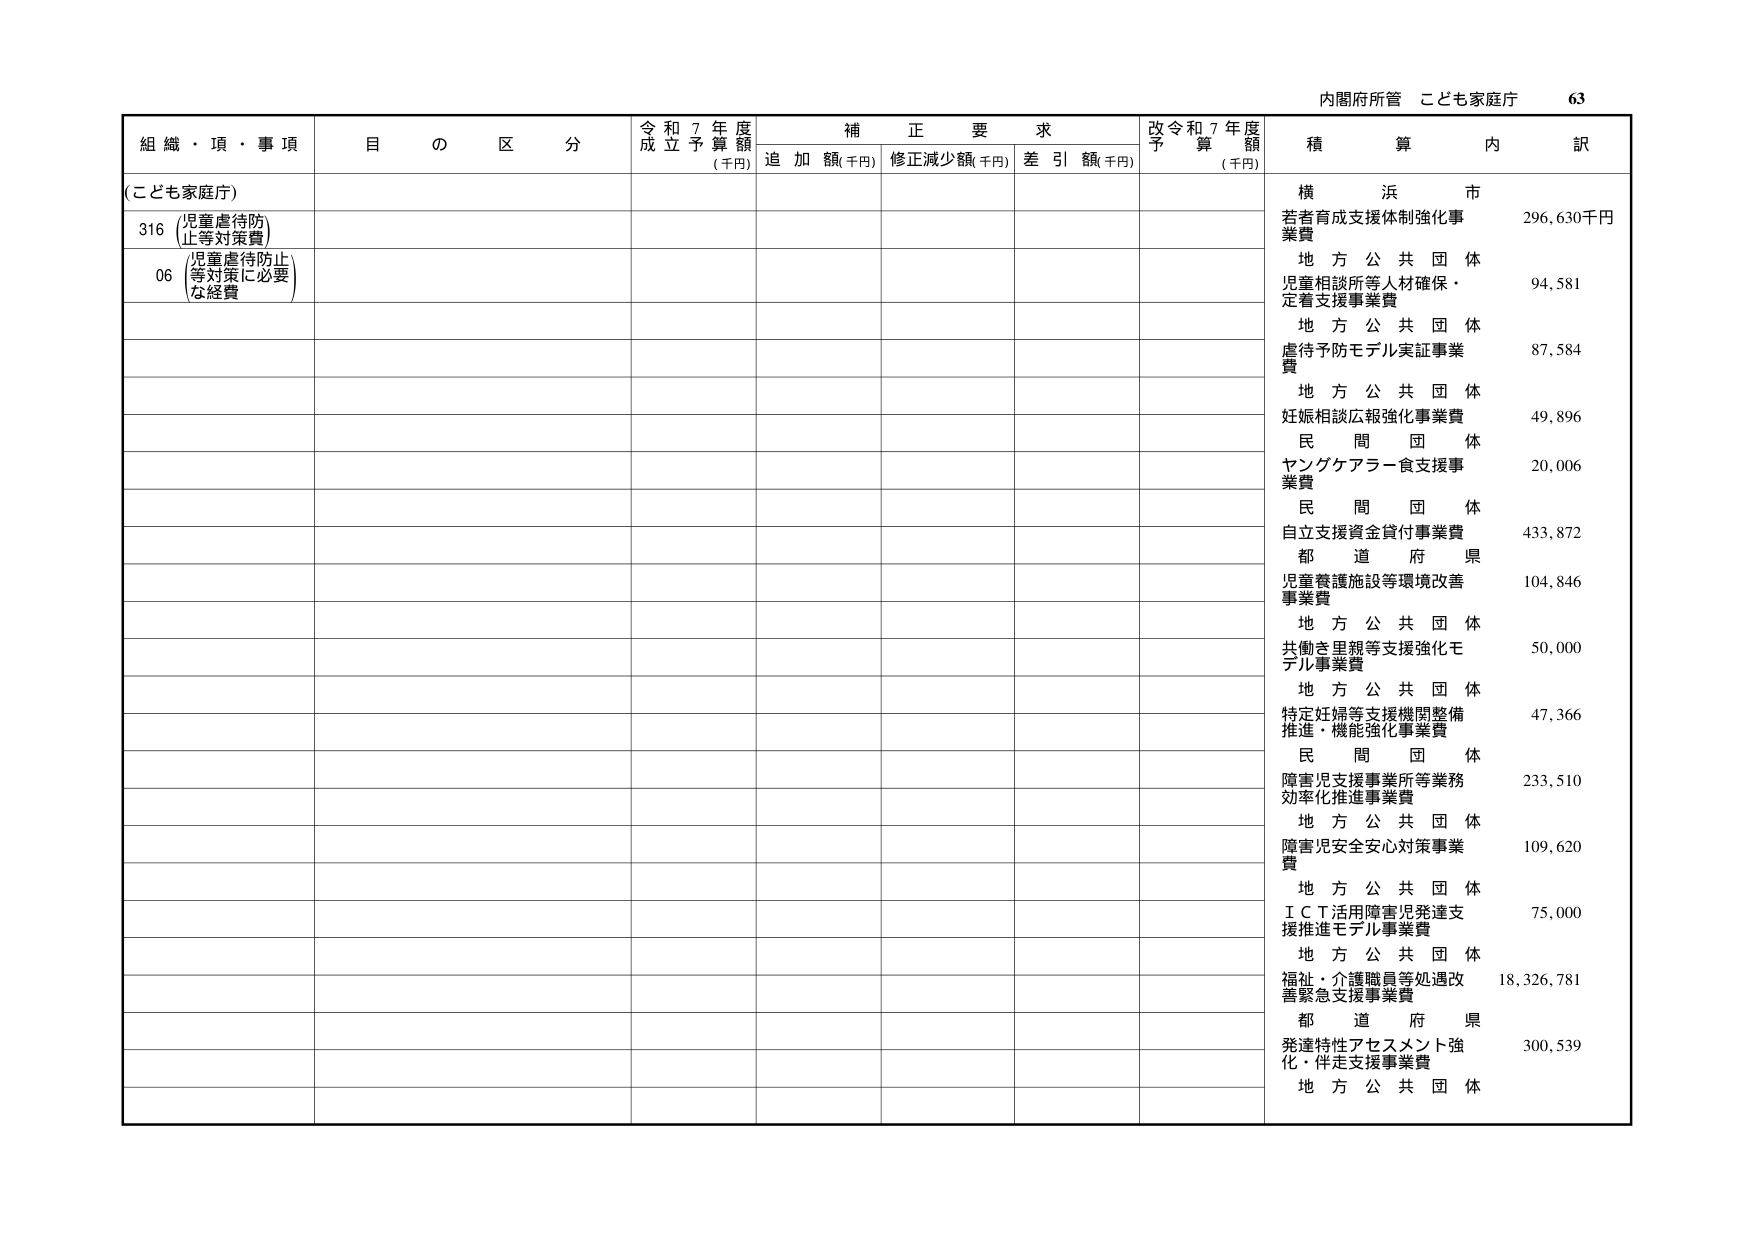
内閣府所管 こども家庭庁 63

組織・項・事項 目の区分 令和7年度成立予算額(千円) 補正要求 追加額(千円) 修正減少額(千円) 差引額(千円) 改令和7年度予算額(千円) 積算内訳

(こども家庭庁)

316 児童虐待防止等対策費

06 児童虐待防止等対策に必要な経費

横浜市 若者育成支援体制強化事業費 296,630千円

地方公共団体 児童相談所等人材確保・定着支援事業費 94,581

地方公共団体 虐待予防モデル実証事業費 87,584

地方公共団体 妊娠相談広報強化事業費 49,896

民間団体 ヤングケアラー食支援事業費 20,006

民間団体 自立支援資金貸付事業費 433,872

都道府県 児童養護施設等環境改善事業費 104,846

地方公共団体 共働き里親等支援強化モデル事業費 50,000

地方公共団体 特定妊婦等支援機関整備推進・機能強化事業費 47,366

民間団体 障害児支援事業所等業務効率化推進事業費 233,510

地方公共団体 障害児安全安心対策事業費 109,620

地方公共団体 ＩＣＴ活用障害児発達支援推進モデル事業費 75,000

地方公共団体 福祉・介護職員等処遇改善緊急支援事業費 18,326,781

都道府県 発達特性アセスメント強化・伴走支援事業費 300,539

地方公共団体